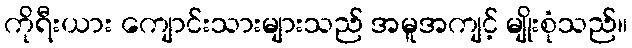
ကိုရီးယား ကျောင်းသားများသည် အမူအကျင့် မျိုးစုံသည်။